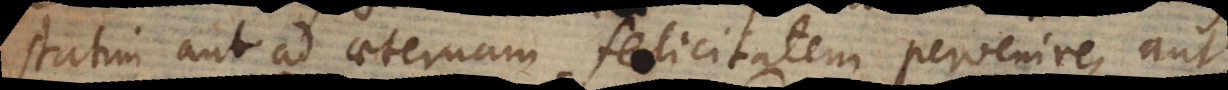
aut ad aeternam felicitatem pervenire, aut